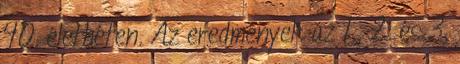
40. élethéten. Az eredmények az 1., 2. és 3.